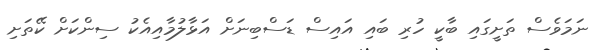
ނަމަވެސް ތަށީގައި ބާކީ ހުރި ބައި އައިސް ޑަސްބިނަށް އަޅާލުމާއިއެކު ސިންކަށް ކޭތަށި